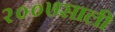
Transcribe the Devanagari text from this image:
२००७साली